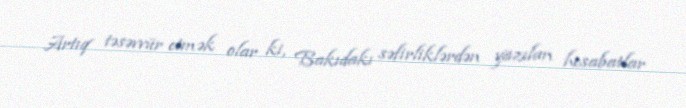
Artıq təsəvvür etmək olar ki, Bakıdakı səfirliklərdən yazılan hesabatlar